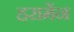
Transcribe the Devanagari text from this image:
हरामेंन